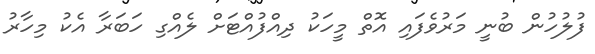
ފުލުހުން ބުނީ މަރުވެފައި އޮތް މީހަކު ދިއްފުއްޓަށް ލެއްގި ހަބަރާ އެކު މިހާރު